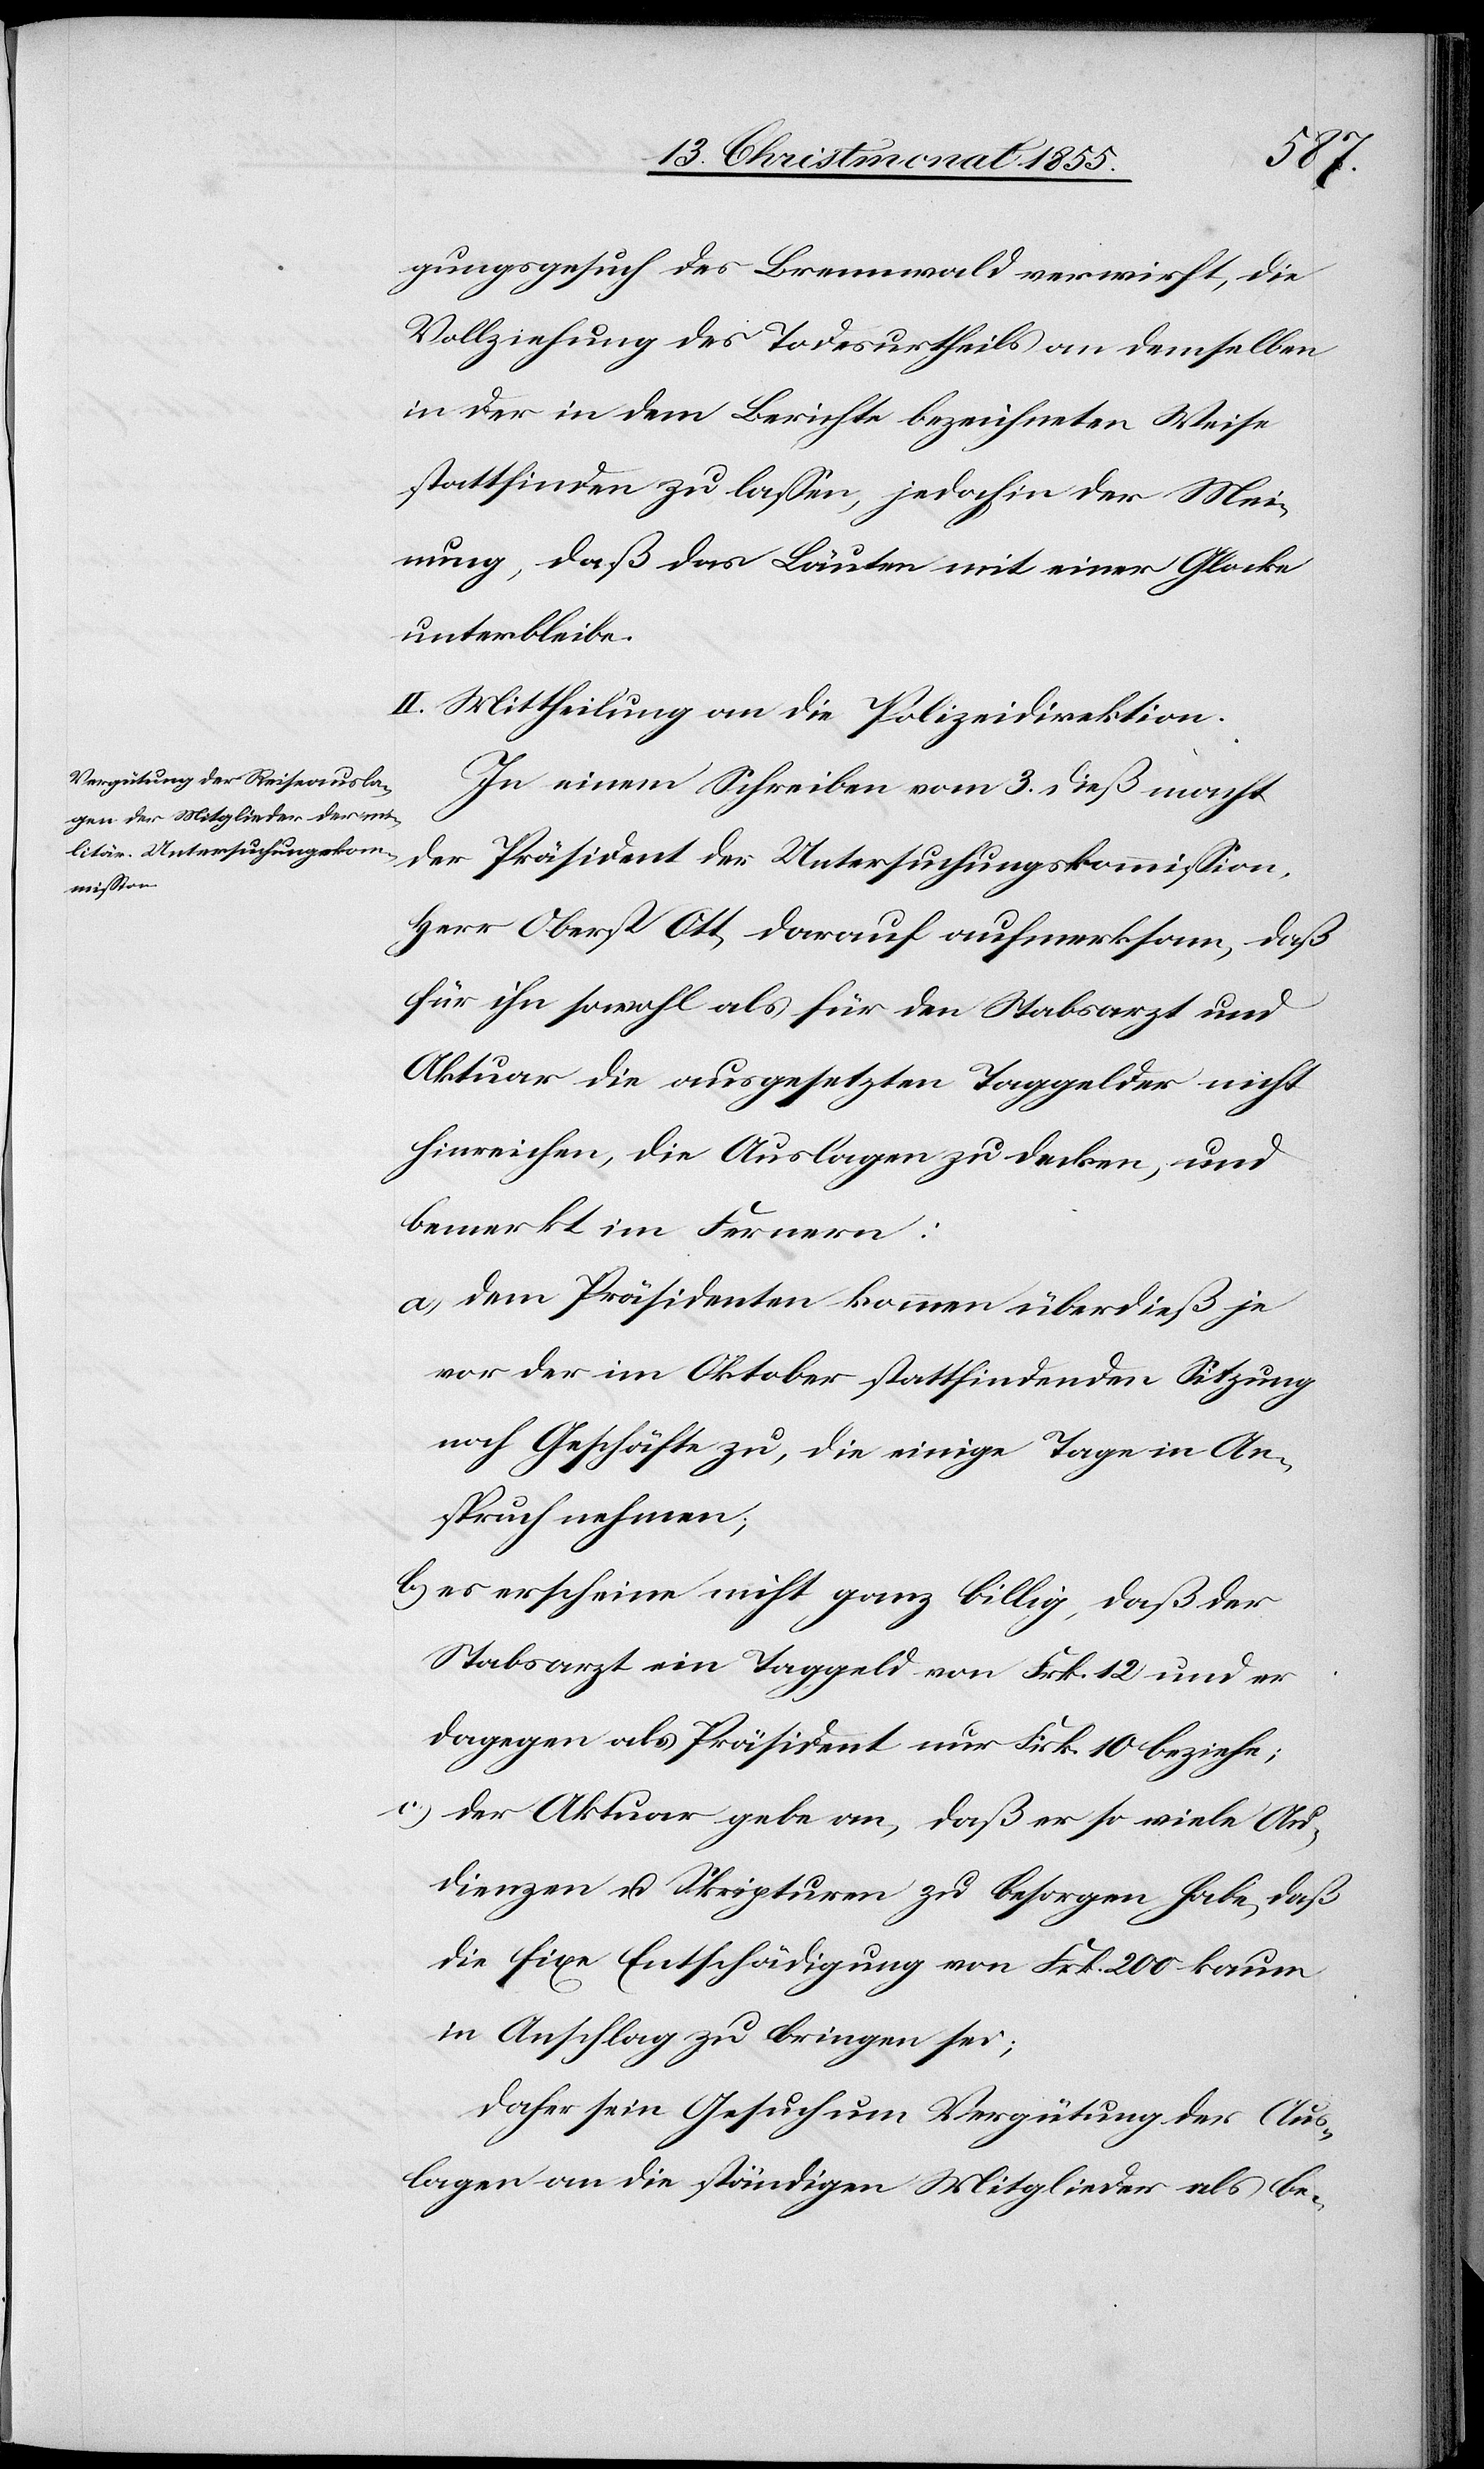
18. Christmonat 1855.]
gungsgesuch des Brennwald verwirft, die
Vollziehung des Todesurtheils an demselben
in der in dem Berichte bezeichneten Weise
stattfinden zu lassen, jedoch in der Mei¬
nung, daß das Läuten mit einer Glocke
unterbleibe.
II. Mittheilung an die Polizeidirektion.
In einem Schreiben vom 3. dieß macht
der Präsident der Untersuchungskommission,
Herr Oberst Ott, darauf aufmerksam, daß
für ihn sowohl als für den Stabsarzt und
Aktuar die ausgesetzten Taggelder nicht
hinreichen, die Auslagen zu decken, und
bemerkt im Fernern:
dem Präsidenten kommen überdieß je
vor der im Oktober stattfindenden Sitzung
noch Geschäfte zu, die einige Tage in An¬
spruch nehmen;
es erscheine nicht ganz billig, daß der
Stabsarzt ein Taggeld von Frk. 12 und er
dagegen als Präsident nur Frk. 10 beziehe;
der Aktuar gebe an, daß er so viele Au¬
dienzen u. Skripturen zu besorgen habe, daß
die fixe Entschädigung von Frk. 200 kaum
in Anschlag zu bringen sei;
daher sein Gesuch um Vergütung der Aus¬
lagen an die ständigen Mitglieder als be-